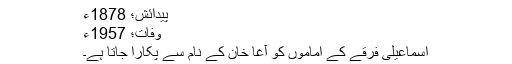
پیدائش؛ 1878ء
وفات؛ 1957ء
اسماعیلی فرقے کے اماموں کو آغا خان کے نام سے پکارا جاتا ہے۔